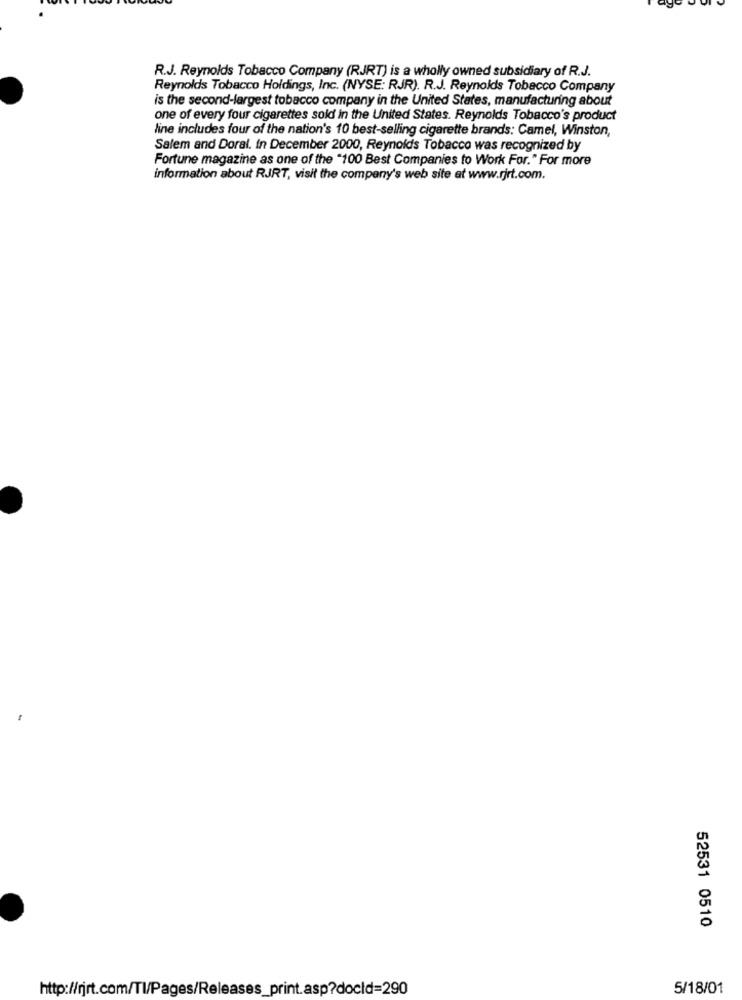
R.J. Reynolds Tobacco Company (RJRT) is a wholly owned subsidiary of R.J.
Reynolds Tobacco Holdings, Inc. (NYSE: RJR). R.J. Reynolds Tobacco Company
is the second-largest tobacco company in the United States, manufacturing about
one of every four cigarettes sold in the United States. Reynolds Tobacco's product
line includes four of the nation's 10 best-selling cigarette brands: Camel, Winston,
Salem and Doral. in December 2000, Reynolds Tobacco was recognized by
Fortune magazine as one of the "100 Best Companies to Work For." For more
information about RJRT, visit the company's web site at www.rjrt.com.
52531 0510
http://rjrt.com/Tl/Pages/Releases_print.asp?docid=290
5/18/01